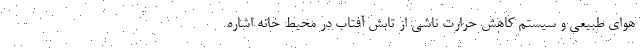
هوای طبیعی و سیستم کاهش حرارت ناشی از تابش آفتاب در محیط خانه اشاره